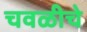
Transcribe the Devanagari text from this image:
चवळीचे